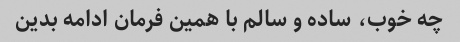
چه خوب، ساده و سالم با همین فرمان ادامه بدین